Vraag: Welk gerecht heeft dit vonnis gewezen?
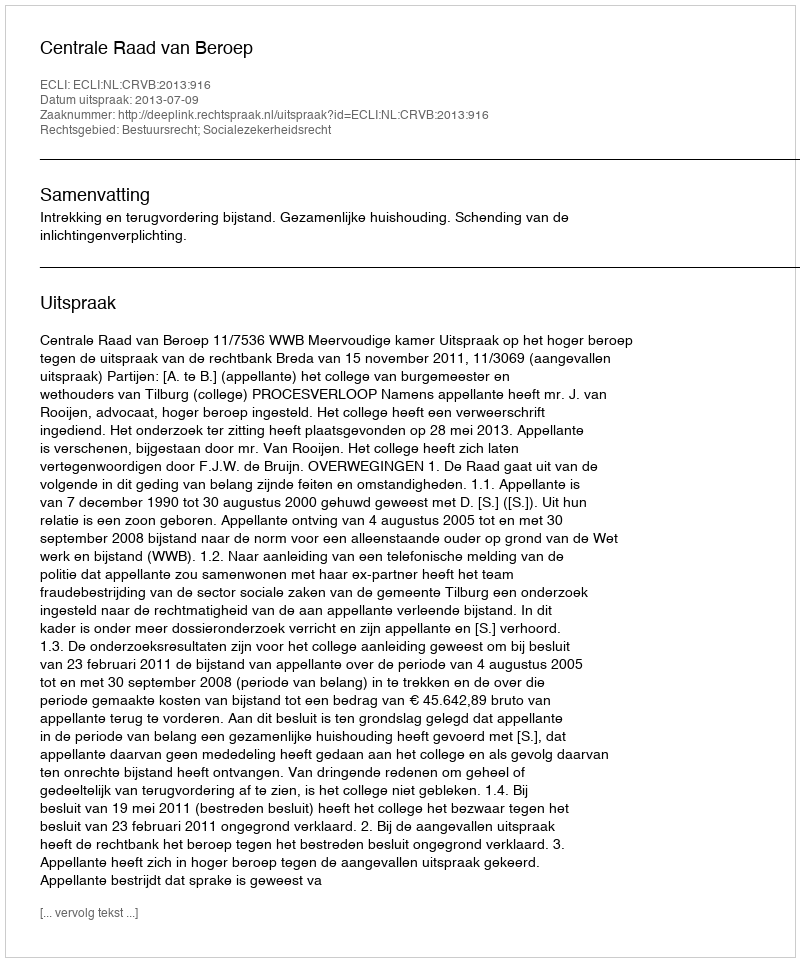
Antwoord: Centrale Raad van Beroep